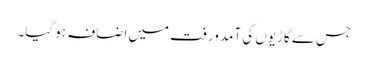
جس سے گاڑیوں کی آمد ورفت میں اضافہ ہو گیا۔